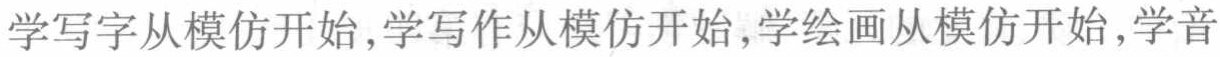
学写字从模仿开始,学写作从模仿开始,学绘画从模仿开始,学音